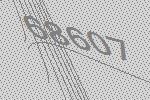
68607